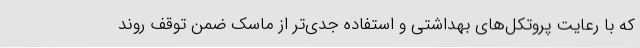
که با رعایت پروتکل‌های بهداشتی و استفاده جدی‌تر از ماسک ضمن توقف روند